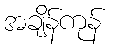
အချိန်ကုန်